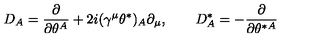
{ D _ { A } = { \frac { \partial } { \partial \theta ^ { A } } } + 2 i ( \gamma ^ { \mu } \theta ^ { * } ) _ { A } \partial _ { \mu } , \qquad D _ { A } ^ { * } = - { \frac { \partial } { \partial \theta ^ { * A } } } }